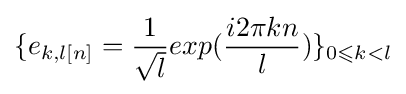
\{e_{k,l[n]}={\frac {1}{\sqrt {l}}}exp({\frac {i2\pi kn}{l}})\}_{0\leqslant k<l}